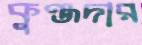
কুঞ্জদার